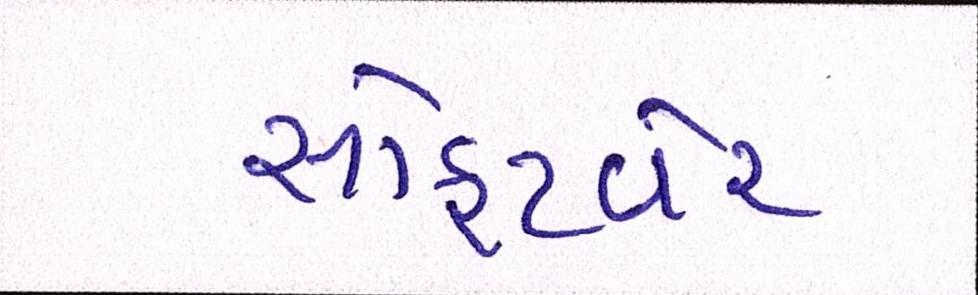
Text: સોફટવેર